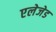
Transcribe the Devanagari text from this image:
एलेजेड